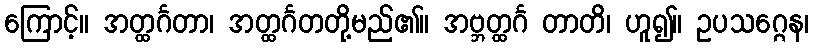
ကြောင့်။ အတ္ထင်္ဂတာ၊ အတ္ထင်္ဂတတို့မည်၏။ အဗ္ဘတ္ထင်္ဂ တာတိ၊ ဟူ၍။ ဥပသဂ္ဂေန၊